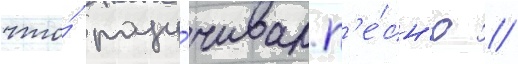
что́ разу́чивал п'е́сн'ю /